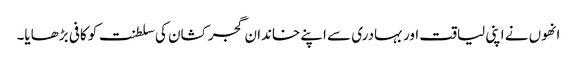
انھوں نے اپنی لیاقت اور بہادری سے اپنے خاندان گجر کشان کی سلطنت کو کافی بڑھایا۔